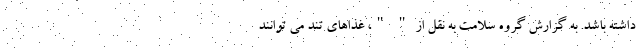
داشته باشد. به گزارش گروه سلامت به نقل از " "، غذاهای تند می توانند